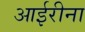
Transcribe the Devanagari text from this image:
आईरीना